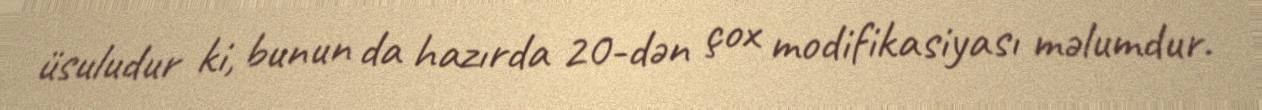
üsuludur ki, bunun da hazırda 20-dən çox modifikasiyası məlumdur.